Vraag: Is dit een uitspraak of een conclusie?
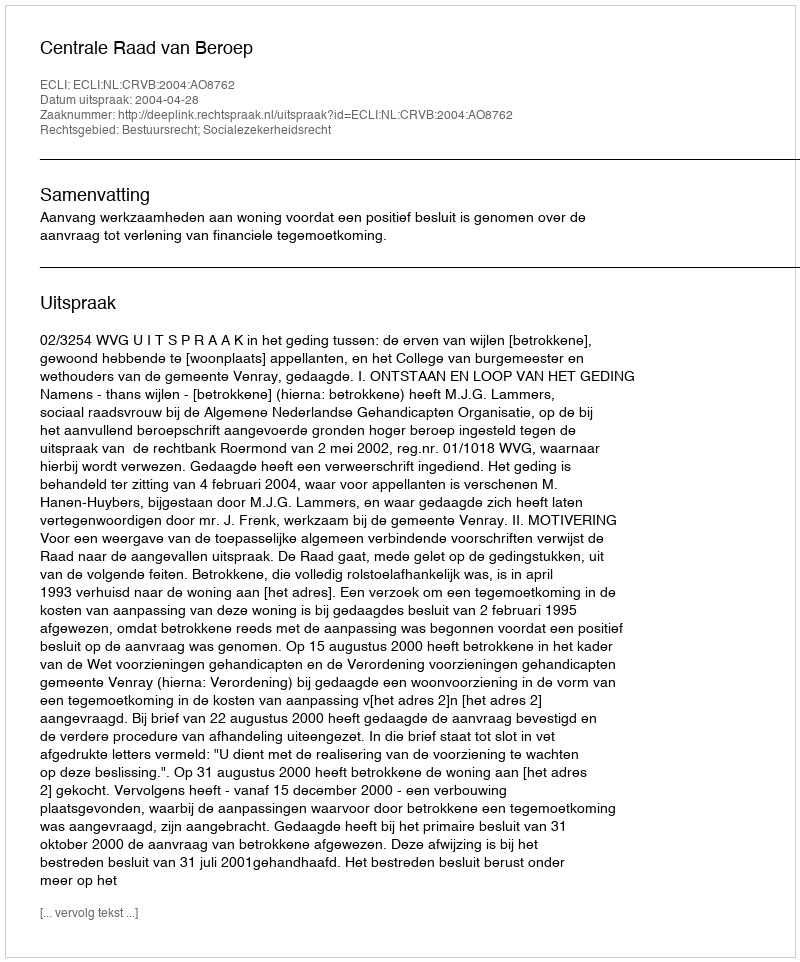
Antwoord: Uitspraak